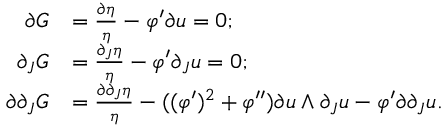
\begin{array} { r l } { \partial G } & { = \frac { \partial \eta } { \eta } - \varphi ^ { \prime } \partial u = 0 ; } \\ { \partial _ { J } G } & { = \frac { \partial _ { J } \eta } { \eta } - \varphi ^ { \prime } \partial _ { J } u = 0 ; } \\ { \partial \partial _ { J } G } & { = \frac { \partial \partial _ { J } \eta } { \eta } - ( ( \varphi ^ { \prime } ) ^ { 2 } + \varphi ^ { \prime \prime } ) \partial u \wedge \partial _ { J } u - \varphi ^ { \prime } \partial \partial _ { J } u . } \end{array}